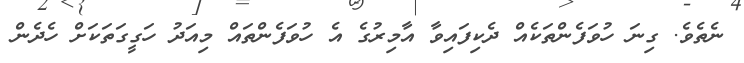
ނެތެވެ. ގިނަ ހުވަފެންތަކެއް ދެކިފައިވާ އާމިރުގެ އެ ހުވަފެންތައް މިއަދު ހަގީގަތަކަށް ހެދެން